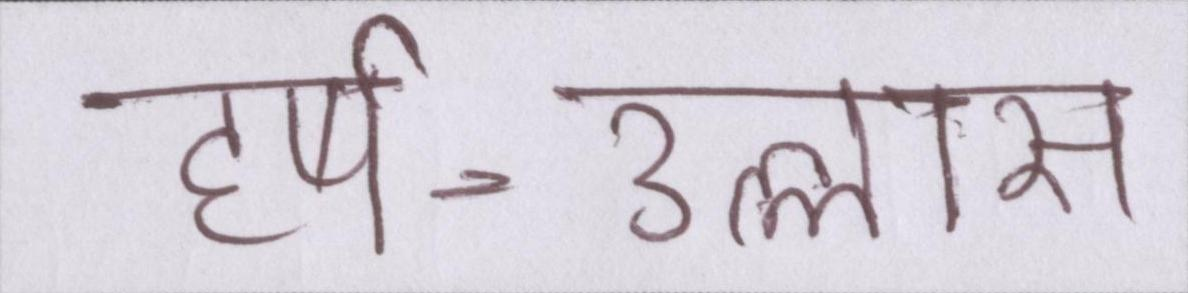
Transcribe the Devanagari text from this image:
हर्ष-उल्लास